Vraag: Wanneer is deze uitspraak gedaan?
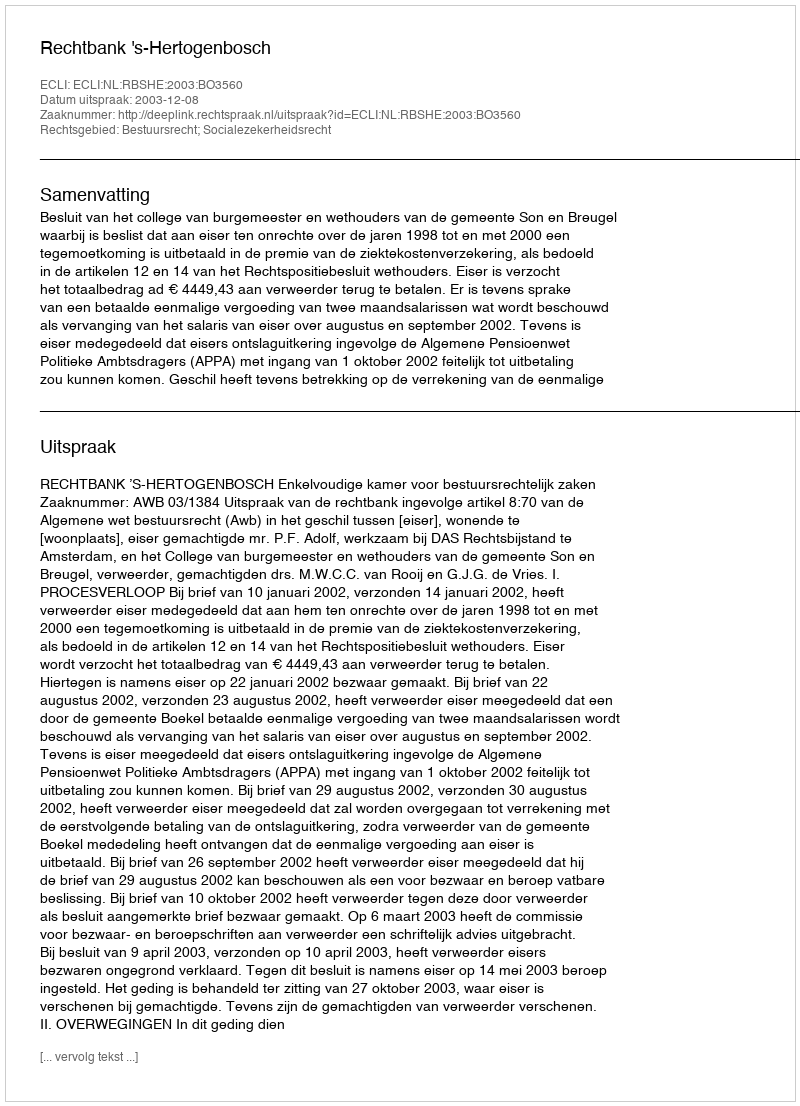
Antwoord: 2003-12-08